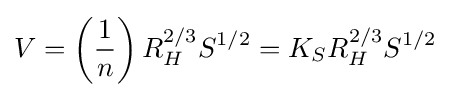
V=\left({\frac {1}{n}}\right){R}_{H}^{2/3}{S}^{1/2}={K}_{S}{R}_{H}^{2/3}{S}^{1/2}